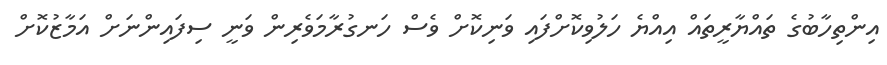
އިންތިހާބުގެ ތައްޔާރީތައް އިއްޔެ ހަލުވިކޮށްފައި ވަނިކޮށް ވެސް ހަނގުރާމަވެރިން ވަނީ ސިފައިންނަށް އަމާޒުކޮށް